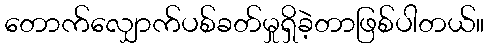
တောက်လျှောက်ပစ်ခတ်မှုရှိခဲ့တာဖြစ်ပါတယ်။